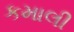
કમાલી